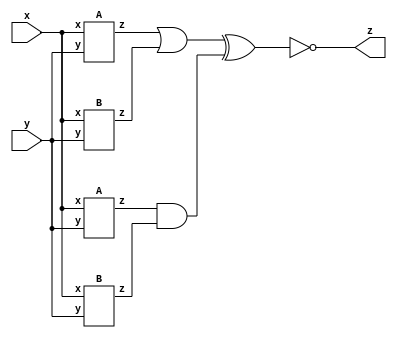
module top_module (input x, input y, output z);
    wire z1,z2,z3,z4,z5,z6;
    A a1(x,y,z1);
    B a2(x,y,z2);
    A b1(x,y,z3);
    B b2(x,y,z4);
    
    assign z5 = z1 | z2 ;
    assign z6 = z3 & z4 ;
    assign z = ~(z5 ^ z6) ;
    
endmodule

module A (input x,y,output z);
    assign  z = (x ^ y) & x;
endmodule

module B (input x,y,output z);
    assign  z = (x ^ y);
endmodule